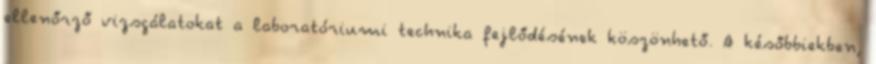
ellenőrző vizsgálatokat a laboratóriumi technika fejlődésének köszönhető. A későbbiekben,